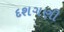
દશગણી